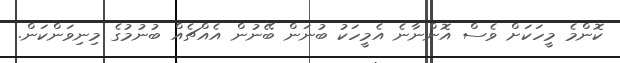
ކޮންމެ މީހަކަށް ވެސް އޮންނާނެ އެމީހަކު ބުނަން ބޭނުން އެއްޗެއް ބުނުމުގެ މިނިވަންކަން.